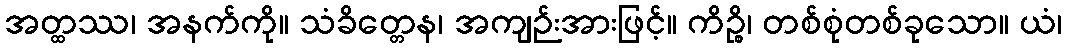
အတ္ထဿ၊ အနက်ကို။ သံခိတ္တေန၊ အကျဉ်းအားဖြင့်။ ကိဉ္စိ၊ တစ်စုံတစ်ခုသော။ ယံ၊